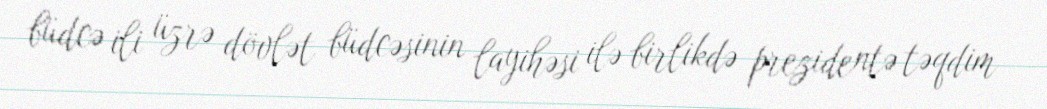
büdcə ili üzrə dövlət büdcəsinin layihəsi ilə birlikdə prezidentə təqdim